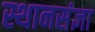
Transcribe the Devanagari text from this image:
स्थानसंज्ञा